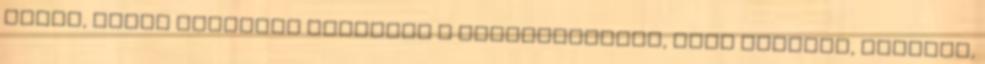
Péter, Jézus Krisztus apostola a zarándokoknak, akik Pontusz, Galácia,